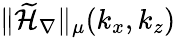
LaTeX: \| \widetilde{\mathcal{H}}_{\nabla}\| _{\mu}(k_{x},k_{z})